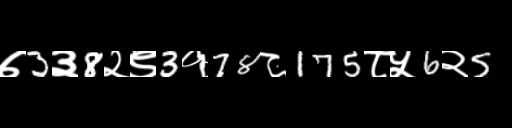
Text: ७3३8२९3१78८175८५6२5